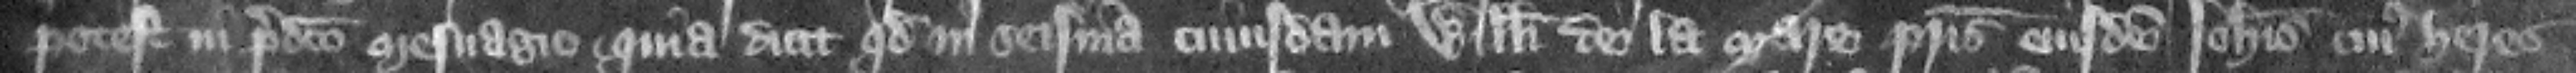
potest in predicto mesuagio. quia dicit quod in seisina cuiusdam Willelmi de la Mare patris eiusdem Iohannis cuius heres